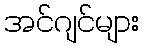
အင်ဂျင်များ